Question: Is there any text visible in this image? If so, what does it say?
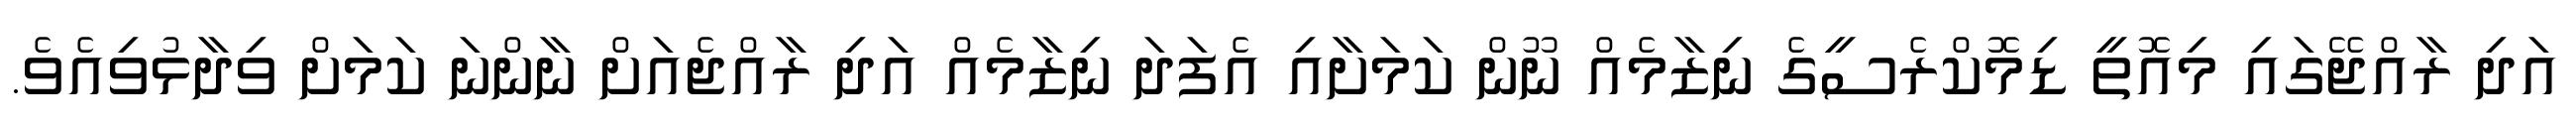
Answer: އަދި ރާއްޖޭގައި މިއޮތީ ޑިމޮކްރެސީގެ ނިޒާމެއް ނޫން ކަމަށާއި އެފަދަ ނިޒާމެއް އަދި ރާއްޖެއަށް ނާންނަ ކަމަށް ވިދާޅުވިއެވެ.